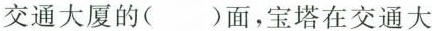
交通大厦的( )面，宝塔在交通大